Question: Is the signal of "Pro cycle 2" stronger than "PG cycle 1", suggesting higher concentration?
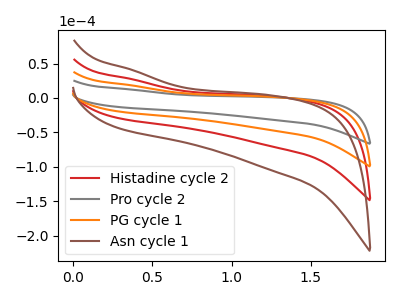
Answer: <think>The red curve "Histadine cycle 2" has no peaks. The gray curve "Pro cycle 2" has no peaks. The orange curve "PG cycle 1" has no peaks. The brown curve "Asn cycle 1" has no peaks.
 Neither "Pro cycle 2" or "PG cycle 1" have any peaks.</think>
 <answer>I cant tell if "Pro cycle 2" or "PG cycle 1" has higher concentration.</answer>
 <eval>mixed_concentration</eval>